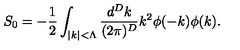
S _ { 0 } = - \frac { 1 } { 2 } \int _ { | k | < \Lambda } \frac { d ^ { D } k } { ( 2 \pi ) ^ { D } } k ^ { 2 } \phi ( - k ) \phi ( k ) .